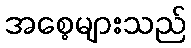
အစေ့များသည်